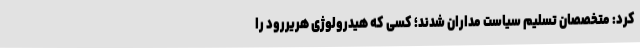
کرد: متخصصان تسلیم سیاست مداران شدند؛ کسی که هیدرولوژی هریررود را